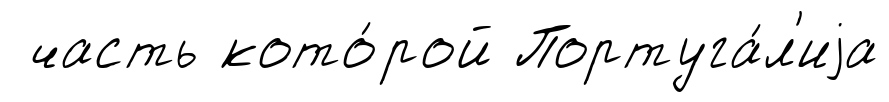
часть кото́рой Португа́л'иjа